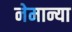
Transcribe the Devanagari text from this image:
नेमान्या